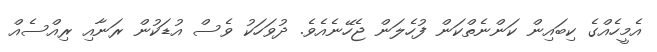
އެމީހެއްގެ ކިބައިން ކަންނެތްކަން ފުހެލަން ޖެހޭނެއެވެ. ދުވަހަކު ވެސް އުޑަކުން ރަނާއި ރިއްސެއް